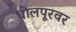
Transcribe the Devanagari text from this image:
धोलपूरवर